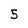
Character: 5